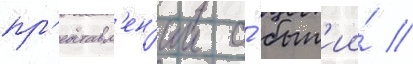
пр'едставл'ен'ии о́ быт'ии́ //